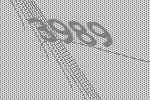
3989